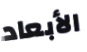
الأبعاد